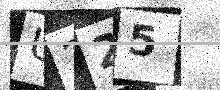
Text: U225